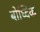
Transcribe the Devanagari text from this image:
बोध्दिक